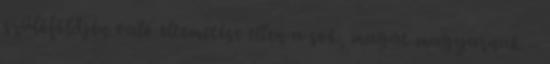
szülőföldjén való eltemetése ellen a sok, magát magyarnak –